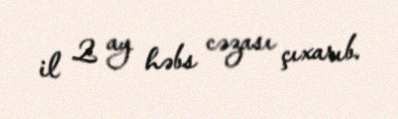
il 2 ay həbs cəzası çıxarıb.